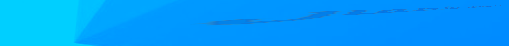
مدرسة المستقبل للأطفال